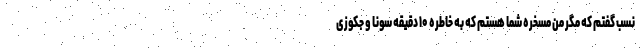
نسب گفتم که مگر من مسخره شما هستم که به خاطره ۱۰ دقیقه سونا و جکوزی